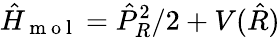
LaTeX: \hat{H}_{\mathrm{~m~o~l~}}=\hat{P}_{R}^{2}/2+V(\hat{R})